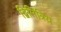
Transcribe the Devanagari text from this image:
द्विमित्रिय